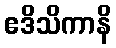
ဧဒိသိကာနိ